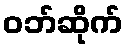
ဝဘ်ဆိုက်